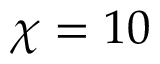
\chi = 1 0